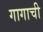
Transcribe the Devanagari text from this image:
गागाची